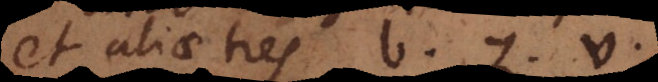
et aliae tres b, z, v,